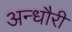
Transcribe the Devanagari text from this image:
अन्धौरी